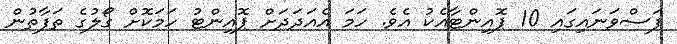
ފަސްވަނައިގައި 10 ޕޮއިންޓާއެކު އެވެ. ހަމަ އެއަދަދަށް ޕޮއިންޓު ހަމަކޮށް ގޯލުގެ ތަފާތުން